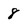
Character: 8